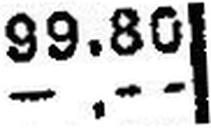
—.—